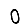
Digit: 0